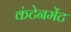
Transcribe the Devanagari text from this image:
कंटेनमेंट